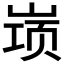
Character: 𱛷